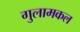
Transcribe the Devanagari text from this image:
गुलामकल